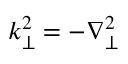
k _ { \perp } ^ { 2 } = - \nabla _ { \perp } ^ { 2 }